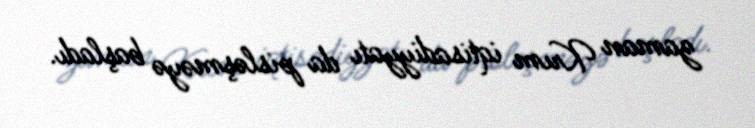
zaman Krım iqtisadiyyatı da pisləşməyə başladı.